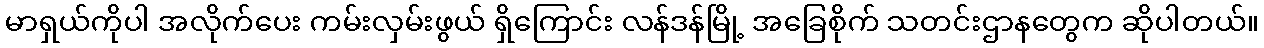
မာရှယ်ကိုပါ အလိုက်ပေး ကမ်းလှမ်းဖွယ် ရှိကြောင်း လန်ဒန်မြို့ အခြေစိုက် သတင်းဌာနတွေက ဆိုပါတယ်။